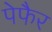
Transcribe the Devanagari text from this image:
पेफैर